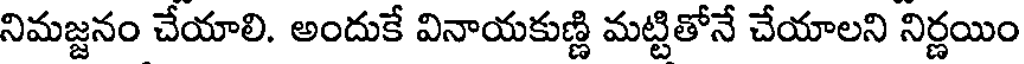
నిమజ్జనం చేయాలి. అందుకే వినాయకుణ్ణి మట్టితోనే చేయాలని నిర్ణయిం